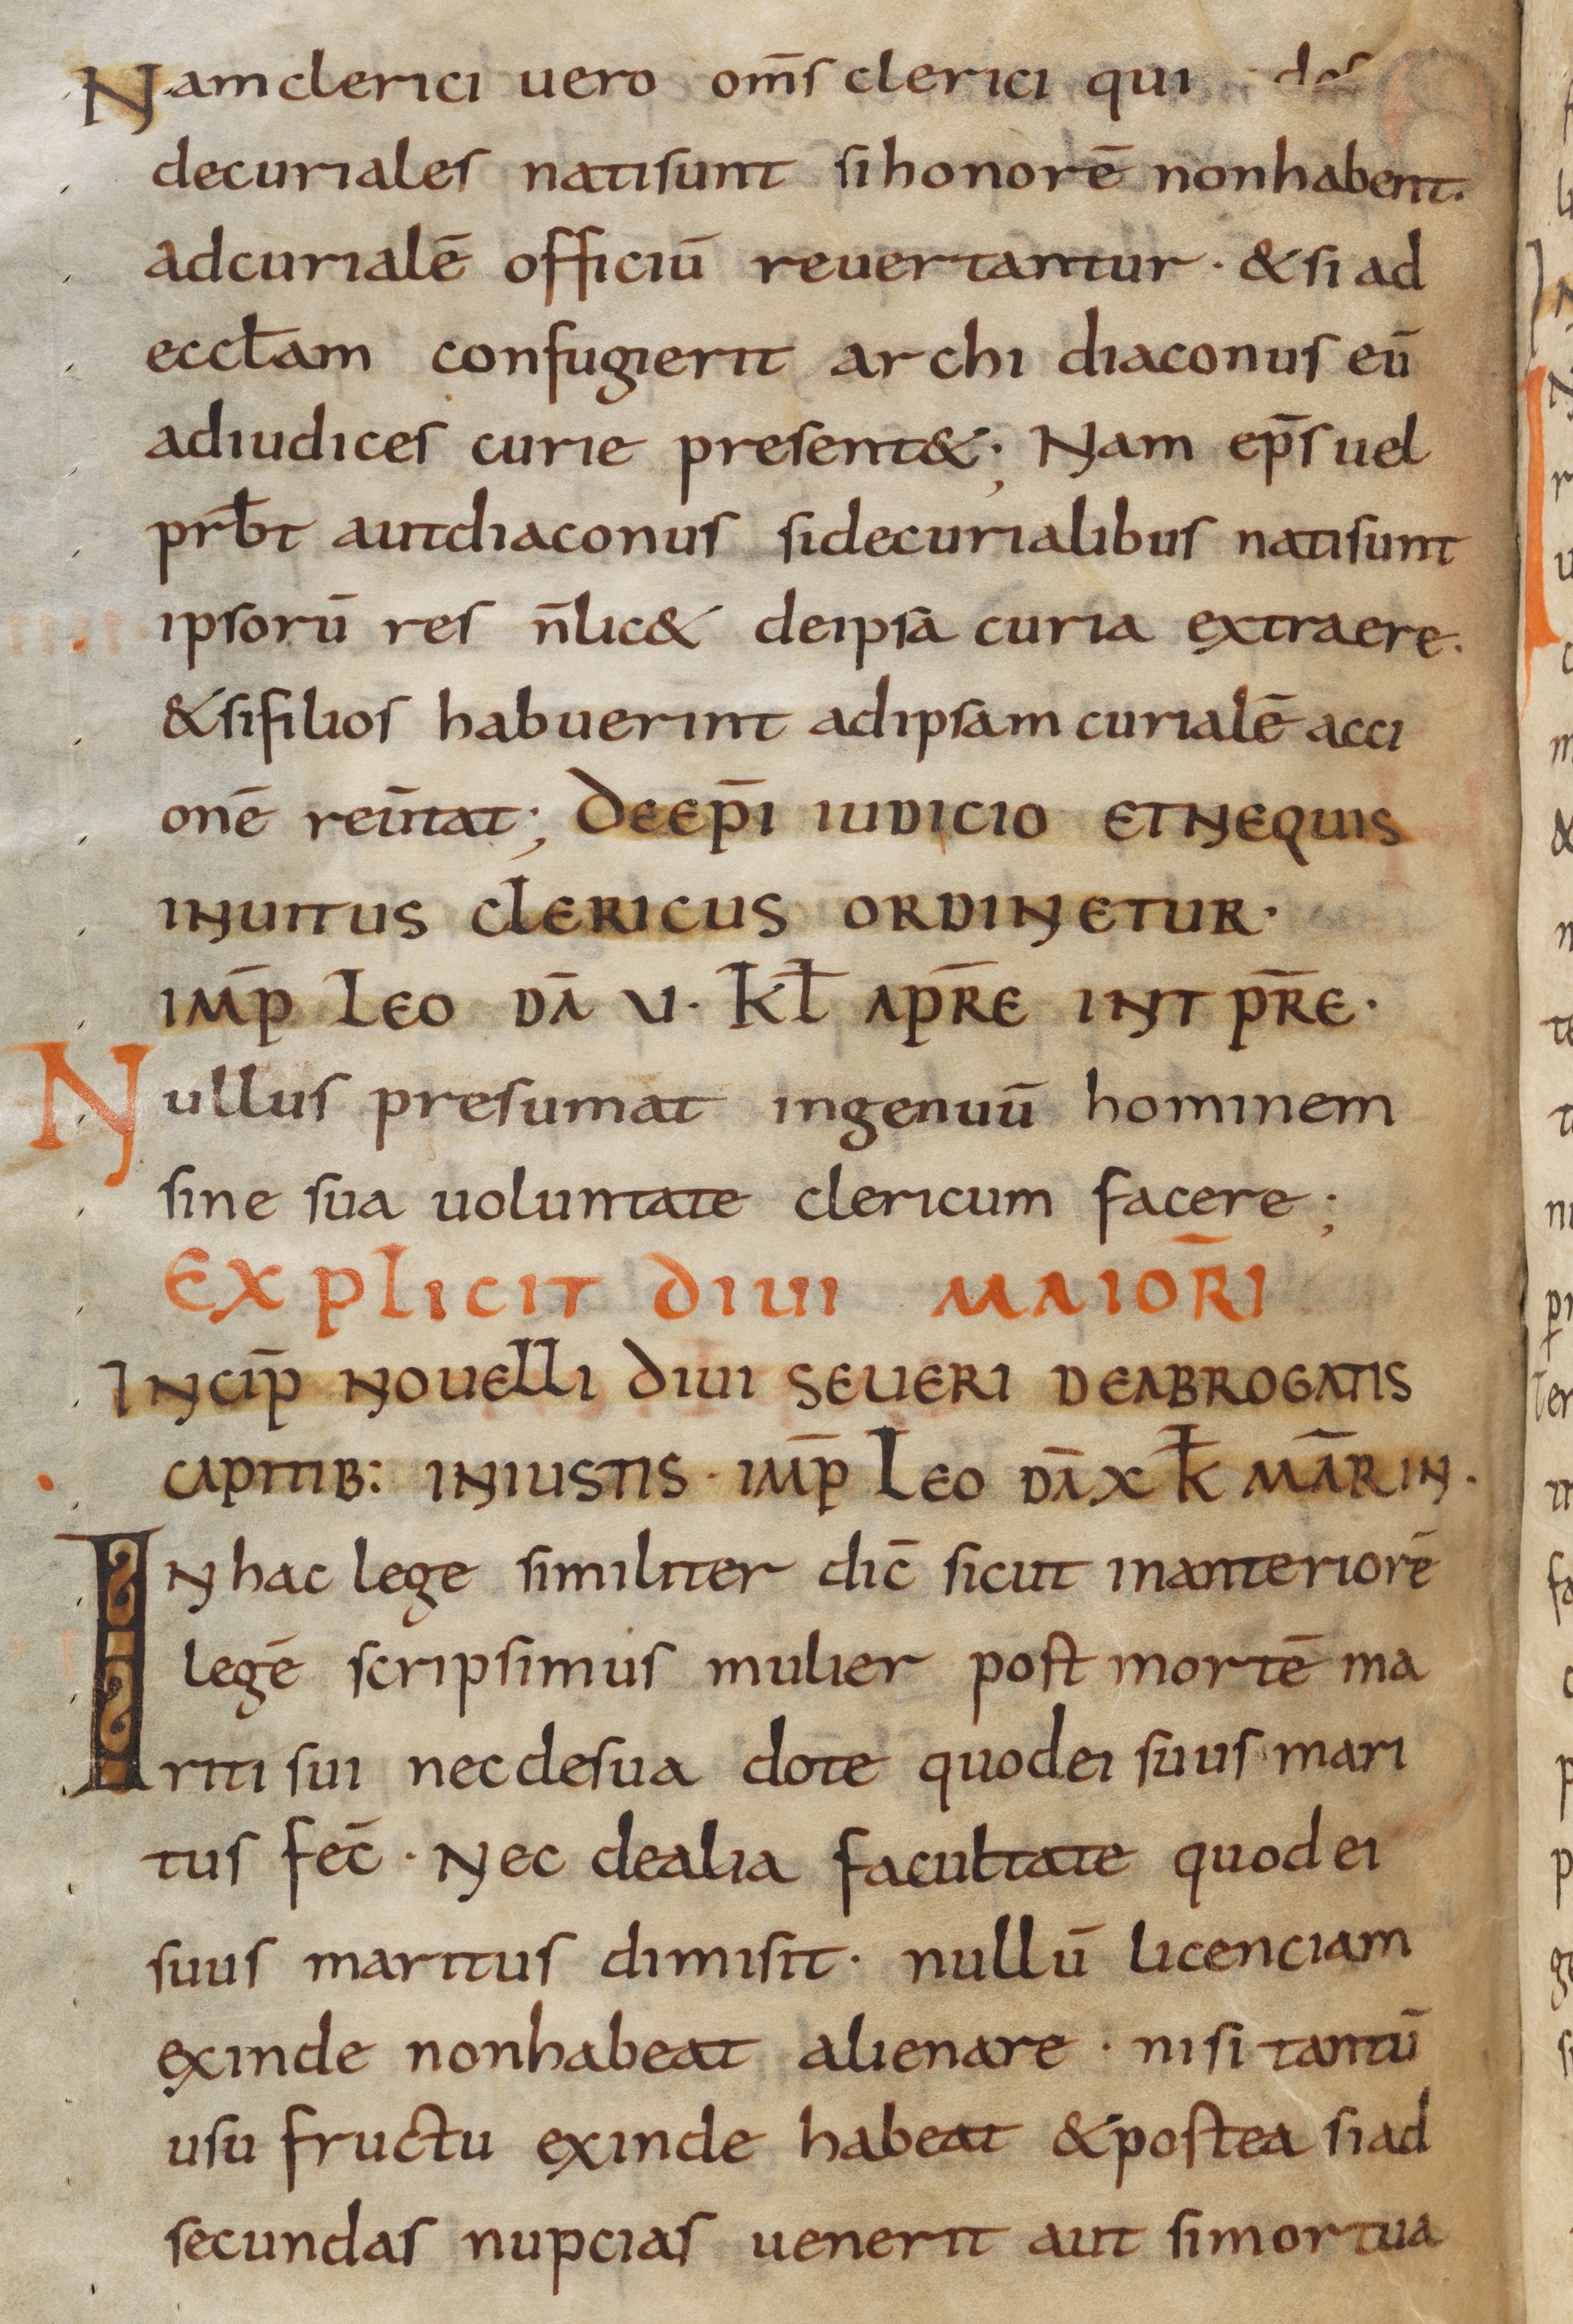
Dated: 800–865